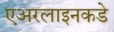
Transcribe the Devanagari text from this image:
एअरलाइनकडे